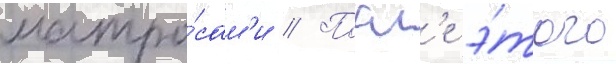
матро́сам'и // Посл'е э́того